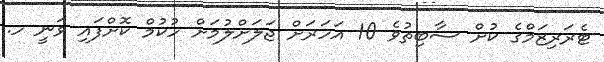
ޓެރަރިޒަމްގެ ކުށް ސާބިތުވެ 10 އަހަރަށް ޖަލަށްލުމަށް ހުކުމް ކޮށްފައި ވަނީ ހ.